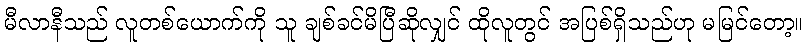
မီလာနီသည် လူတစ်ယောက်ကို သူ ချစ်ခင်မိပြီဆိုလျှင် ထိုလူတွင် အပြစ်ရှိသည်ဟု မမြင်တော့။